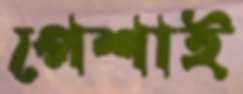
পেশাই